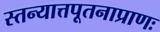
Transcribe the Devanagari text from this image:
स्तन्यात्तपूतनाप्राणः